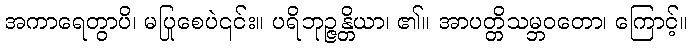
အကာရေတွာပိ၊ မပြုစေပဲ၎င်း။ ပရိဘုဉ္ဇန္တိယာ၊ ၏။ အာပတ္တိသမ္ဘဝတော၊ ကြောင့်။